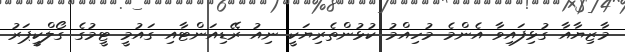
މާޒިޔާއާ ގުޅިފައިވާ އެންމެ މުހިއްމު ކުޅުންތެރިޔަކީ ނިއު ރޭޑިއަންޓާއި ގައުމީ ޓީމުގެ ގޯލްކީޕަރު